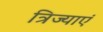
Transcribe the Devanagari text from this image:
त्रिज्याएं